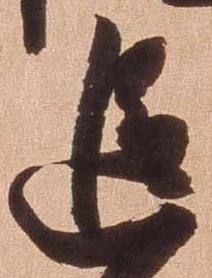
追